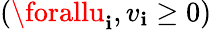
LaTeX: \left(\forallu_{\mathbf{i}},v_{\mathbf{i}}\geq0\right)